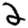
Digit: 2